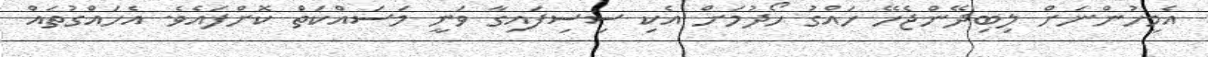
އެމީހުންނަށް ލިބިދޭންޖެހޭ ހައްގު ހޯދުމަށް އެކި ސިސިފައިގާ ވަނީ މަސައްކަތް ކޮށްފައެވެ. އެހައްގުތައް